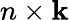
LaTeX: n\times\mathbf{k}